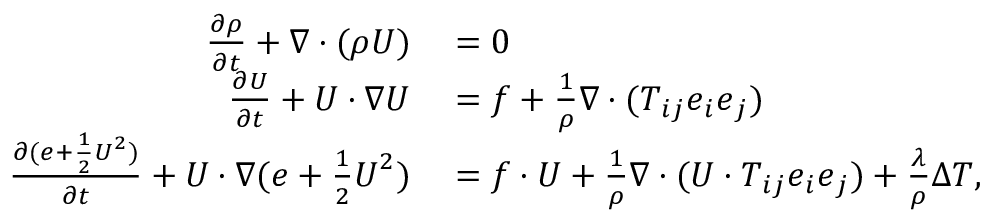
\begin{array} { r l } { \frac { \partial \rho } { \partial t } + \nabla \cdot ( \rho \boldsymbol { U } ) } & { { } = 0 } \\ { \frac { \partial \boldsymbol { U } } { \partial t } + \boldsymbol { U } \cdot \nabla \boldsymbol { U } } & { { } = \boldsymbol { f } + \frac { 1 } { \rho } \nabla \cdot ( \boldsymbol { T } _ { i j } \boldsymbol { e } _ { i } \boldsymbol { e } _ { j } ) } \\ { \frac { \partial ( e + \frac { 1 } { 2 } \boldsymbol { U } ^ { 2 } ) } { \partial t } + \boldsymbol { U } \cdot \nabla ( e + \frac { 1 } { 2 } \boldsymbol { U } ^ { 2 } ) } & { { } = \boldsymbol { f } \cdot \boldsymbol { U } + \frac { 1 } { \rho } \nabla \cdot ( \boldsymbol { U } \cdot \boldsymbol { T } _ { i j } \boldsymbol { e } _ { i } \boldsymbol { e } _ { j } ) + \frac { \lambda } { \rho } \Delta T , } \end{array}